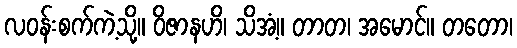
လဝန်းစက်ကဲ့သို့။ ဝိဇာနဟိ၊ သိအံ့။ တာတ၊ အမောင်။ တတော၊